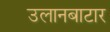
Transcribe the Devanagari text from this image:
उलानबाटार